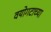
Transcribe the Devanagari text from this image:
वयोगटाच्या